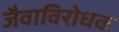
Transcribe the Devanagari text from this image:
जैवाविरोधक